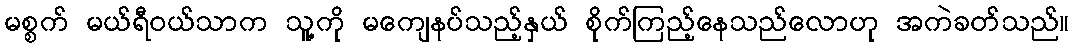
မစ္စက် မယ်ရီဝယ်သာက သူ့ကို မကျေနပ်သည့်နှယ် စိုက်ကြည့်နေသည်လောဟု အကဲခတ်သည်။